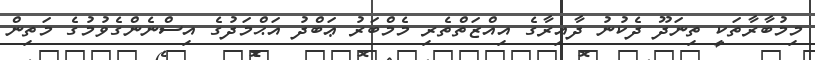
މިމުބާރާތަކީ ތިނަދޫ ދެކުނު ދާއިރާގެ އިއްޒަތްތެރި މެމްބަރު ޢަބްދު އަޙްމަދުގެ އިސްނެންގެވުމުގެ މަތިން